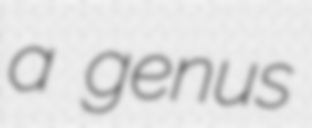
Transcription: a genus